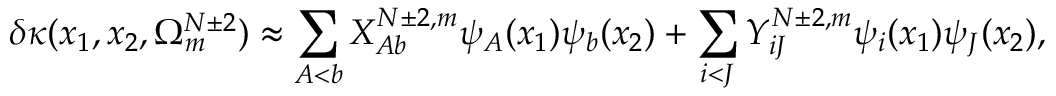
\delta \kappa ( x _ { 1 } , x _ { 2 } , \Omega _ { m } ^ { N \pm 2 } ) \approx \sum _ { A < b } X _ { A b } ^ { N \pm 2 , m } \psi _ { A } ( x _ { 1 } ) \psi _ { b } ( x _ { 2 } ) + \sum _ { i < J } Y _ { i J } ^ { N \pm 2 , m } \psi _ { i } ( x _ { 1 } ) \psi _ { J } ( x _ { 2 } ) ,